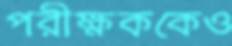
পরীক্ষককেও